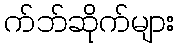
က်ဘ်ဆိုက်များ